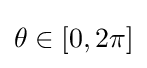
\theta \in [0,2\pi ]